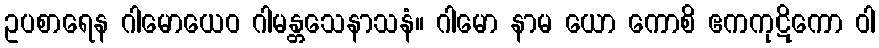
ဥပစာရေန ဂါမောယေဝ ဂါမန္တသေနာသနံ။ ဂါမော နာမ ယော ကောစိ ဧကကုဋိကော ဝါ